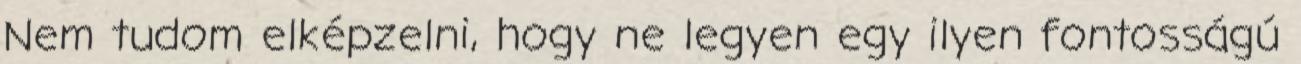
Nem tudom elképzelni, hogy ne legyen egy ilyen fontosságú